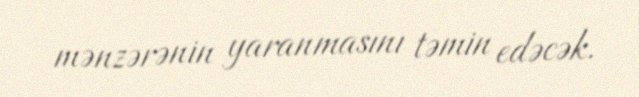
mənzərənin yaranmasını təmin edəcək.